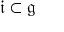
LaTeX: { \mathfrak { i } } \subset { \mathfrak { g } }